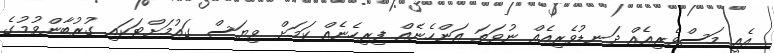
އެއީ މަސްވެރިއެއް ދަނޑުވެރިއެއް ނުވަތަ އަންހެނެއް ފިރިހެނެއް ކަމަށް ވިޔަސް ގައުމަށްޓަކައި ގުރުބާންވުމުގެ